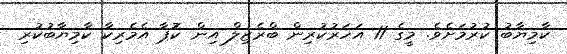
ކާމިޔާބު ކުރުމަށެވެ. މީގެ 11 އަހަރުކުރިން ބްރެޒިލް އިން ކޮޕާ އެމެރިކާ ކާމިޔާބުކުރި